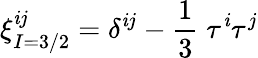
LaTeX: \xi_{I=3/2}^{\mathit{i}j}=\delta^{\mathit{i}j}-\frac{{1}}{{3}}\; \tau^{\mathit{i}}\tau^{j}